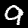
Digit: 9